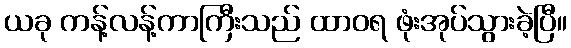
ယခု ကန့်လန့်ကာကြီးသည် ထာဝရ ဖုံးအုပ်သွားခဲ့ပြီ။